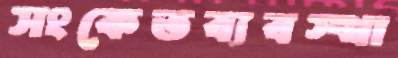
সংকেতব্যবস্থা